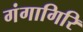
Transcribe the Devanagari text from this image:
गंगागिरि